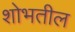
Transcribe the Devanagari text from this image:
शोभतील